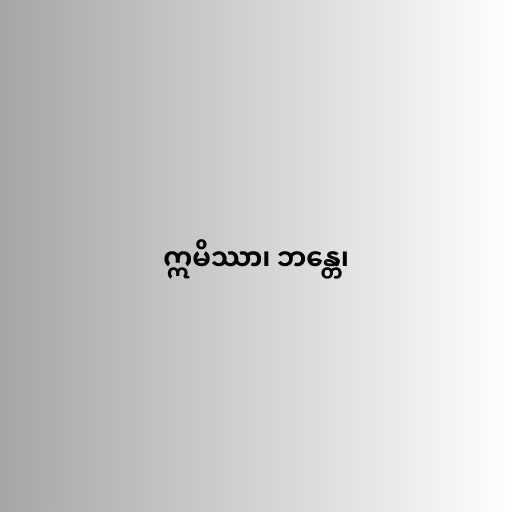
ဣမိဿာ၊ ဘန္တေ၊